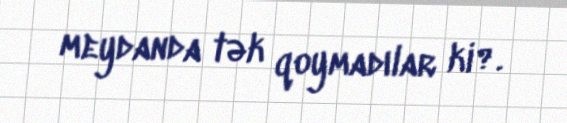
meydanda tək qoymadılar ki?.